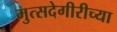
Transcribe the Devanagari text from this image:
मुत्सदेगीरीच्या